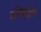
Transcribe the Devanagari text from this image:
प्रतिप्रोट्रॉन